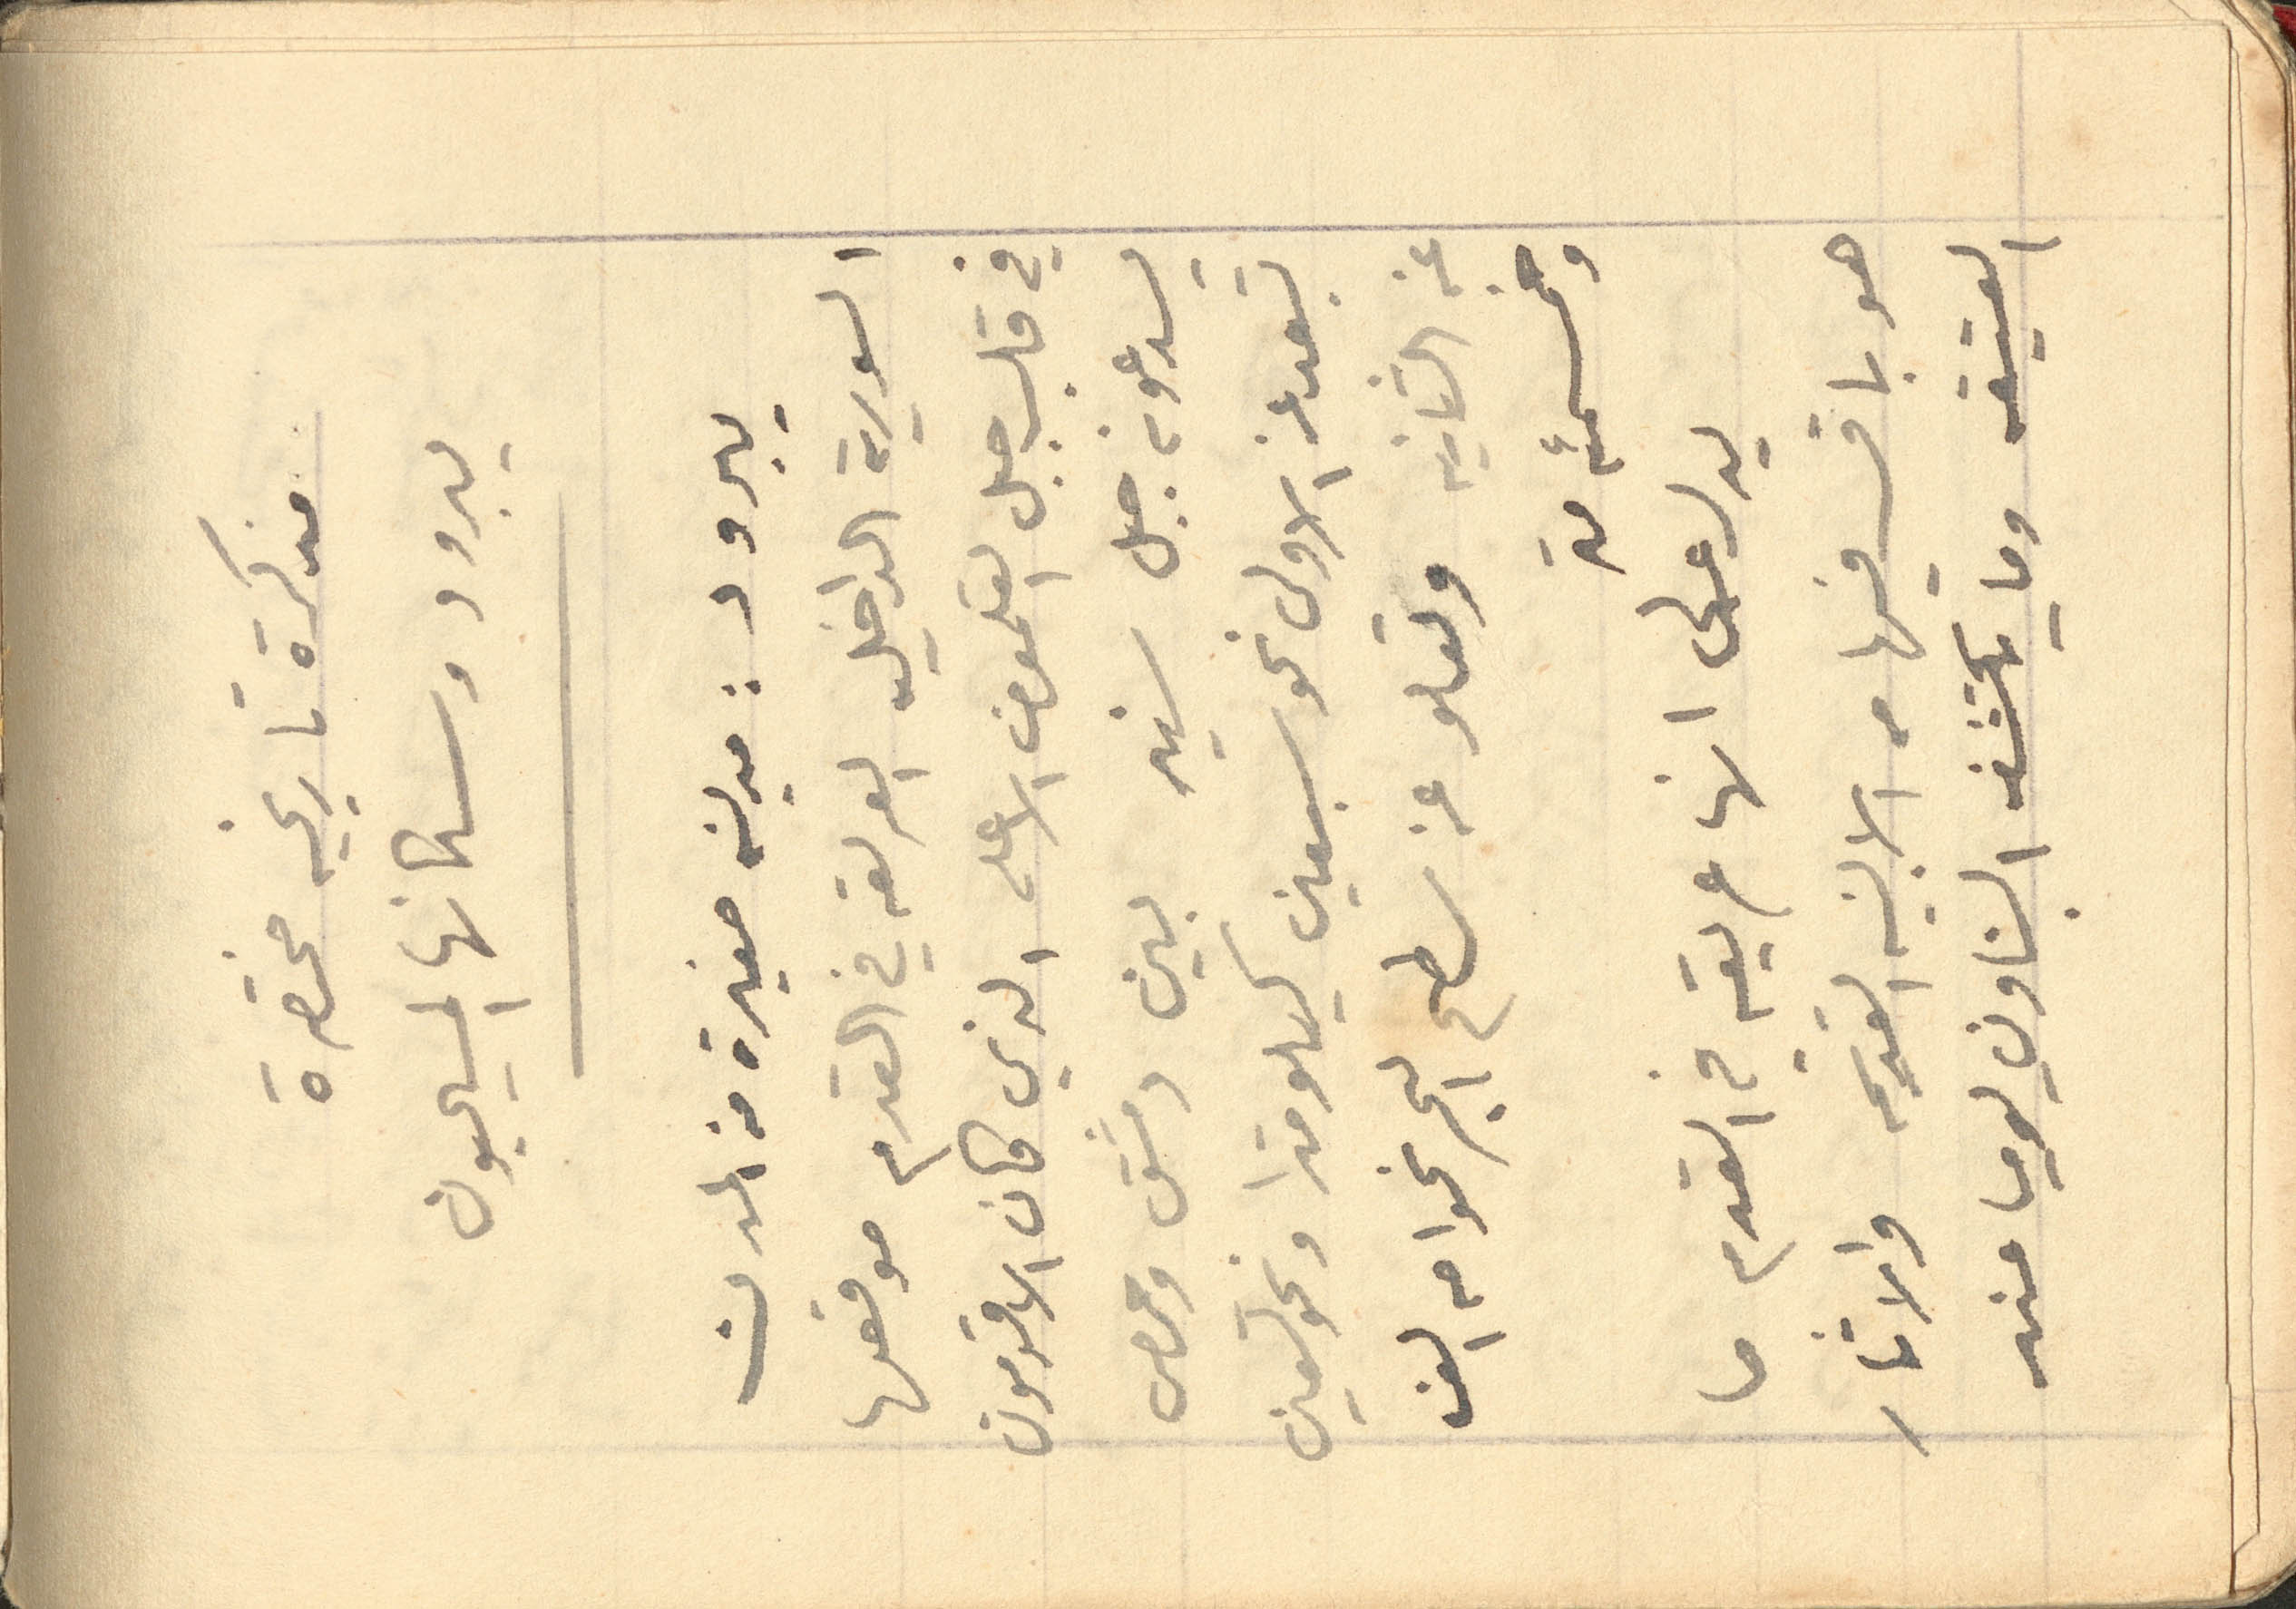
مذكرة تاريخيه مختصرة
يبرود وسكانها المسيحيون
يبرود: مدينة صغيرة من المدن
السورية الداخليه العريقه في القدم موقعها
في قلب جبل القلمون الاعلى الذي كان الاقدمون
يدعونه جبل سنير بين دمشق وحمص
تبعد عن الاولى نحو سبعين كيلومترا ونحو تسعين
عن الثانية وتعلو عن سطح البحر نحوا من الف
وخمسمئه متر
يدل على انها عريقه في القدم ما
هو باق من الابنيه القديمه والاثار
العتيقه وما يكشفه البناون يوميا عند